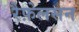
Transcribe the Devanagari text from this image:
रैफ़ेलसन